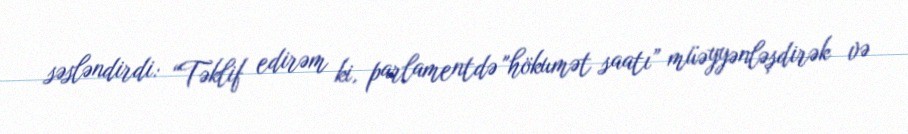
səsləndirdi: “Təklif edirəm ki, parlamentdə "hökumət saatı” müəyyənləşdirək və